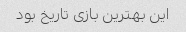
این بهترین بازی تاریخ بود